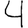
Digit: 4